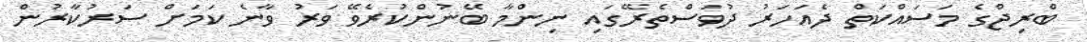
ބްރިޖްގެ މަސައްކަތް ދެއަހަރު ދުވަސްތެރޭގައި ނިންމާ ބޭނުންކުރެވޭ ވަރު ވާނެ ކަމަށް ސަރުކާރުން